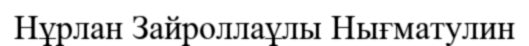
Нұрлан Зайроллаұлы Нығматулин